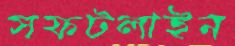
সফটলাইন